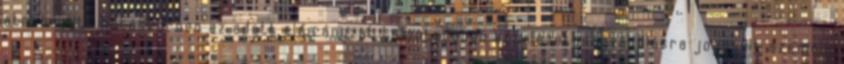
átruházott hatáskörben az adott előirányzat tekintetében kötelezettségvállalásra jogosult személy